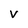
Character: V